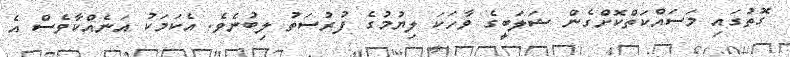
ގޮތުގައި މަސައްކަތްކޮށްގެން ޝަލަބީގެ ވާހަކަ ލިޔުމުގެ ފުރުސަތު ލިބުނެވެ. އެކަމަކު އަނެއްކާވެސް އެ